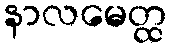
နာလမေတ္ထ